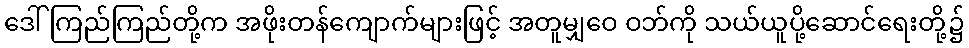
ဒေါ်ကြည်ကြည်တို့က အဖိုးတန်ကျောက်များဖြင့် အတူမျှဝေ ဝဘ်ကို သယ်ယူပို့ဆောင်ရေးတို့၌